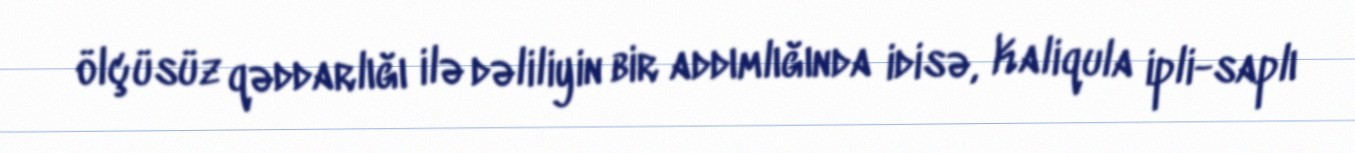
ölçüsüz qəddarlığı ilə dəliliyin bir addımlığında idisə, Kaliqula ipli-saplı